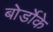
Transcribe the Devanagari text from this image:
बोर्डोके